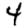
Digit: 4